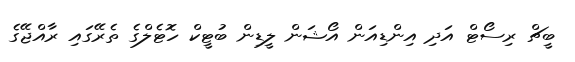
ބީޗް ރިސޯޓް އަދި އިންޑިއަން އޯޝަން ލީޑިން ބުޓީކް ހޮޓެލްގެ ތެރޭގައި ރާއްޖޭގެ